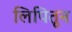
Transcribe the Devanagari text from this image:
लिपितून